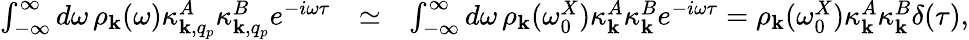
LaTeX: \begin{array}{rlr}{\int_{-\infty}^{\infty}d\omega\, \rho_{{\mathbf k}}(\omega)\kappa_{{\mathbf k},q_{p}}^{A}\kappa_{{\mathbf k},q_{p}}^{B}e^{-i\omega\tau}}&{\simeq}&{\int_{-\infty}^{\infty}d\omega\, \rho_{{\mathbf k}}(\omega_{0}^{X})\kappa_{{\mathbf k}}^{A}\kappa_{{\mathbf k}}^{B}e^{-i\omega\tau}=\rho_{{\mathbf k}}(\omega_{0}^{X})\kappa_{{\mathbf k}}^{A}\kappa_{{\mathbf k}}^{B}\delta(\tau),}\end{array}